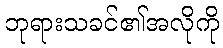
ဘုရားသခင်၏အလိုကို